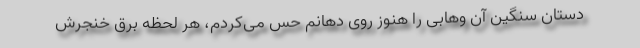
دستان سنگین آن وهابی را هنوز روی دهانم حس می‌کردم، هر لحظه برق خنجرش